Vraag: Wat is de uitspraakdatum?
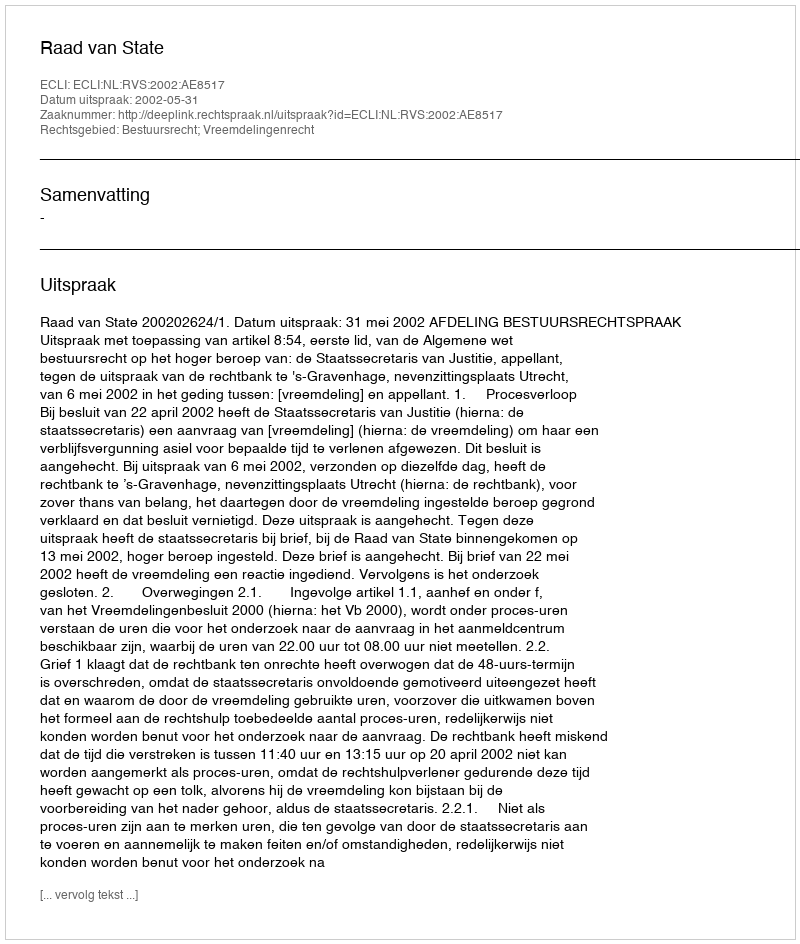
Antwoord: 2002-05-31